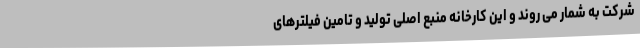
شرکت به شمار می روند و این کارخانه منبع اصلی تولید و تامین فیلترهای